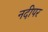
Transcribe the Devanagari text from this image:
नदीपर